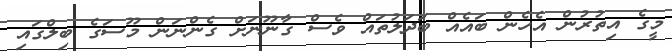
މީގެ އިތުރުން އެހެން ބައެއް ބަދަލުތައް ވެސް ގާނޫނަށް ގެންނަން މޫސަގެ ބިލްގައި